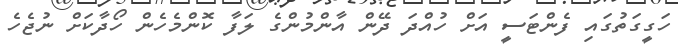
ހަގީގަތުގައި ފެންޓަސީ އަށް ހުއްދަ ދޭން އާންމުންގެ ލަފާ ކޮންމެހެން ހޯދާކަށް ނުޖެހެ